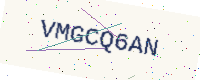
Text: VMGCQ6AN